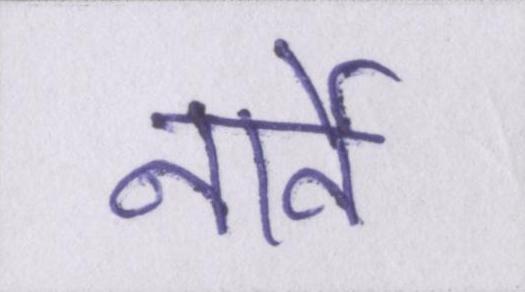
नार्वे